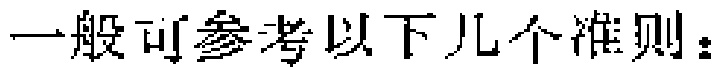
一般可参考以下几个准则：